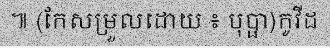
៕ (កែសម្រួលដោយ ៖ បុប្ផា)កូវីដ